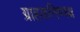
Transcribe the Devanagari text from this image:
ग्राहकनिष्पक्ष